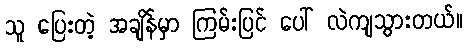
သူ ပြေးတဲ့ အချိန်မှာ ကြမ်းပြင် ပေါ် လဲကျသွားတယ်။